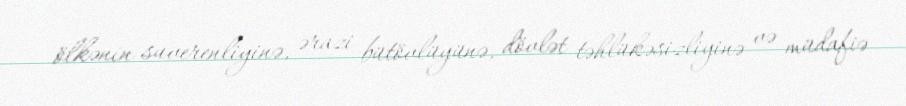
ölkənin suverenliyinə, ərazi bütövlüyünə, dövlət təhlükəsizliyinə və müdafiə